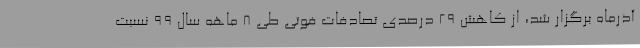
آذرماه برگزار شد، از کاهش 29 درصدی تصادفات فوتی طی 8 ماهه سال 99 نسبت